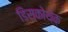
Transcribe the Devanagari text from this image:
डिस्कोथेक़